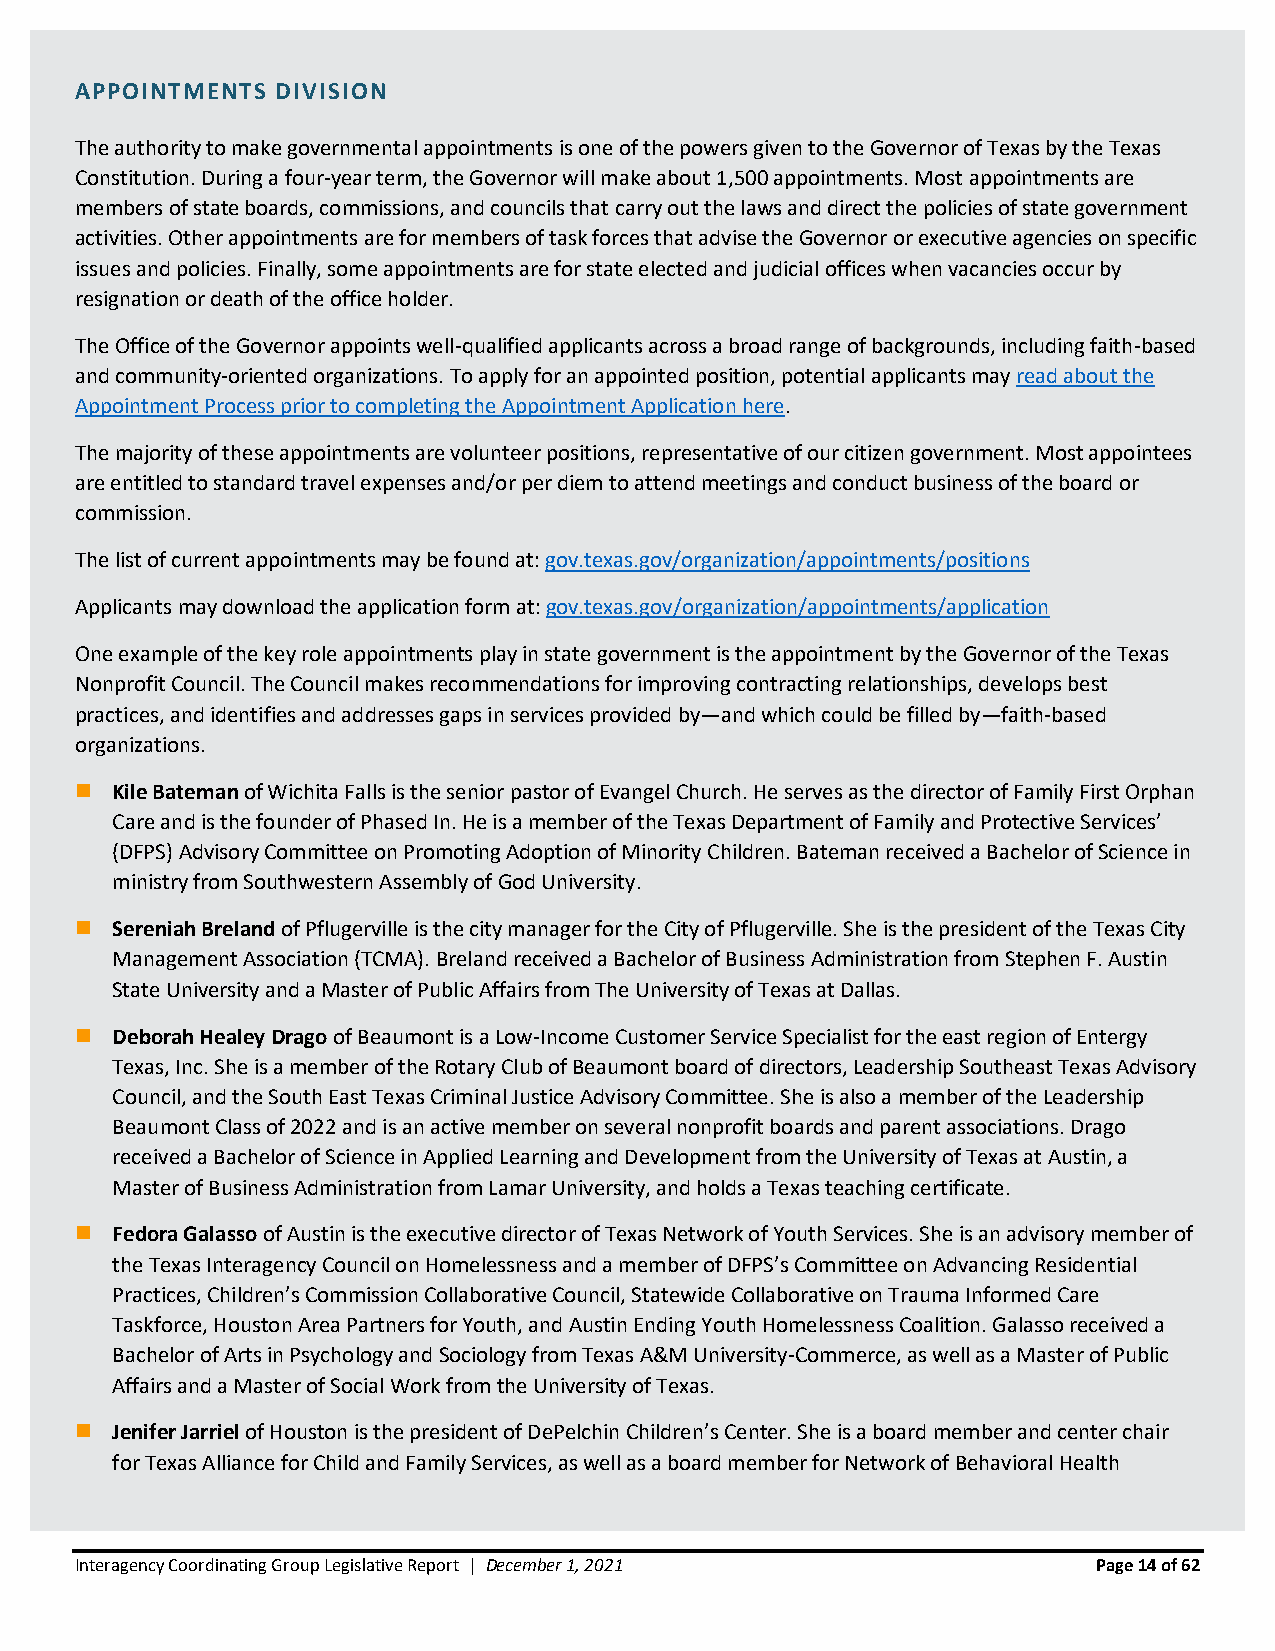
APPOINTMENTS DIVISION
 The authority to make governmental appointments is one of the powers given to the Governor of Texas by the Texas
 Constitution. During a four-year term, the Governor will make about 1,500 appointments. Most appointments are
 members of state boards, commissions, and councils that carry out the laws and direct the policies of state government
 activities. Other appointments are for members of task forces that advise the Governor or executive agencies on specific
 issues and policies. Finally, some appointments are for state elected and judicial offices when vacancies occur by
 resignation or death of the office holder.
 The Office of the Governor appoints well-qualified applicants across a broad range of backgrounds, including faith-based
 and community-oriented organizations. To apply for an appointed position, potential applicants may read about the
 Appointment Process prior to completing the Appointment Application here.
 The majority of these appointments are volunteer positions, representative of our citizen government. Most appointees
 are entitled to standard travel expenses and/or per diem to attend meetings and conduct business of the board or
 commission.
 The list of current appointments may be found at: gov.texas.gov/organization/appointments/positions
 Applicants may download the application form at: gov.texas.gov/organization/appointments/application
 One example of the key role appointments play in state government is the appointment by the Governor of the Texas
 Nonprofit Council. The Council makes recommendations for improving contracting relationships, develops best
 practices, and identifies and addresses gaps in services provided by—and which could be filled by—faith-based
 organizations.
 ◼ Kile Bateman of Wichita Falls is the senior pastor of Evangel Church. He serves as the director of Family First Orphan
 Care and is the founder of Phased In. He is a member of the Texas Department of Family and Protective Services’
 (DFPS) Advisory Committee on Promoting Adoption of Minority Children. Bateman received a Bachelor of Science in
 ministry from Southwestern Assembly of God University.
 ◼ Sereniah Breland of Pflugerville is the city manager for the City of Pflugerville. She is the president of the Texas City
 Management Association (TCMA). Breland received a Bachelor of Business Administration from Stephen F. Austin
 State University and a Master of Public Affairs from The University of Texas at Dallas.
 ◼ Deborah Healey Drago of Beaumont is a Low-Income Customer Service Specialist for the east region of Entergy
 Texas, Inc. She is a member of the Rotary Club of Beaumont board of directors, Leadership Southeast Texas Advisory
 Council, and the South East Texas Criminal Justice Advisory Committee. She is also a member of the Leadership
 Beaumont Class of 2022 and is an active member on several nonprofit boards and parent associations. Drago
 received a Bachelor of Science in Applied Learning and Development from the University of Texas at Austin, a
 Master of Business Administration from Lamar University, and holds a Texas teaching certificate.
 ◼ Fedora Galasso of Austin is the executive director of Texas Network of Youth Services. She is an advisory member of
 the Texas Interagency Council on Homelessness and a member of DFPS’s Committee on Advancing Residential
 Practices, Children’s Commission Collaborative Council, Statewide Collaborative on Trauma Informed Care
 Taskforce, Houston Area Partners for Youth, and Austin Ending Youth Homelessness Coalition. Galasso received a
 Bachelor of Arts in Psychology and Sociology from Texas A&M University-Commerce, as well as a Master of Public
 Affairs and a Master of Social Work from the University of Texas.
 ◼ Jenifer Jarriel of Houston is the president of DePelchin Children’s Center. She is a board member and center chair
 for Texas Alliance for Child and Family Services, as well as a board member for Network of Behavioral Health
 Interagency Coordinating Group Legislative Report | December 1, 2021 Page 14 of 62